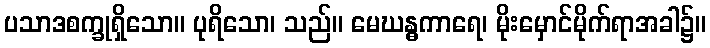
ပသာဒစက္ခုရှိသော။ ပုရိသော၊ သည်။ မေဃန္ဓကာရေ၊ မိုးမှောင်မိုက်ရာအခါ၌။